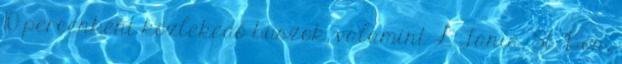
10 percenként közlekedő buszok, valamint L Tania, St. Bon,